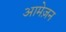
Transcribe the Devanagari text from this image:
आमेज़न